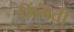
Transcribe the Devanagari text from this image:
मिंगती